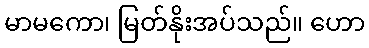
မာမကော၊ မြတ်နိုးအပ်သည်။ ဟော